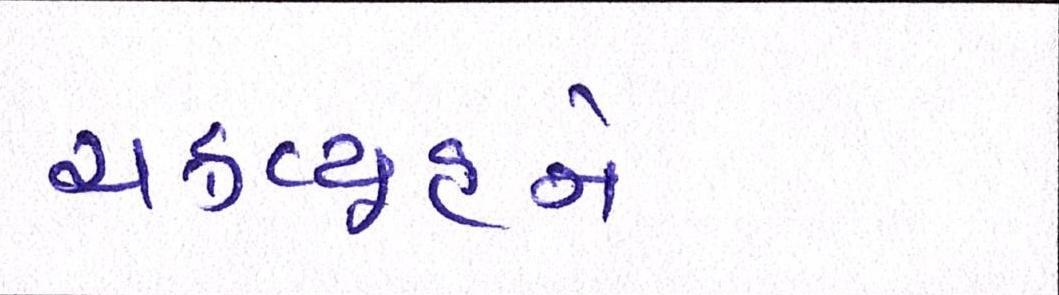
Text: ચક્રવ્યૂહને